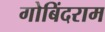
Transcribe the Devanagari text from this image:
गोबिंदराम